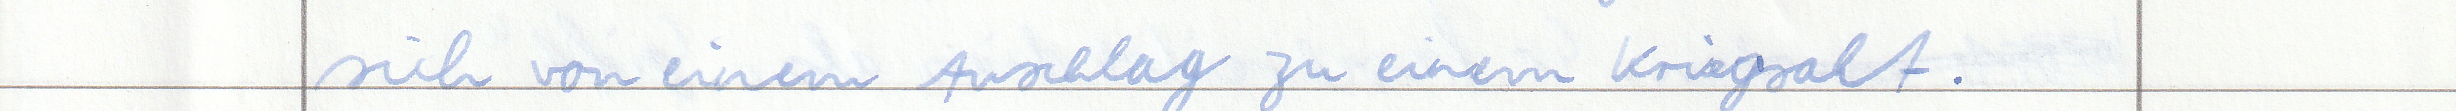
sich von einem Anschlag zu einem Kriegsakt.